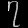
Digit: ၇